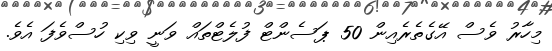
މިހާރު ވެސް އޭގެތެރެއިން 50 ޕަސެންޓް ފުލެޓްތައް ވަނީ ވިކި ހުސްވެފަ އެވެ.